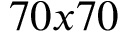
7 0 x 7 0